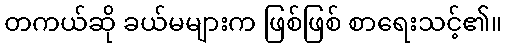
တကယ်ဆို ခယ်မများက ဖြစ်ဖြစ် စာရေးသင့်၏။